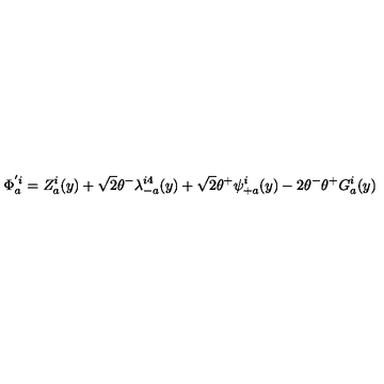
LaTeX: \Phi _ { a } ^ { ' i } = Z _ { a } ^ { i } ( y ) + \sqrt 2 \theta ^ { - } \lambda _ { - a } ^ { i 4 } ( y ) + \sqrt 2 \theta ^ { + } \psi _ { + a } ^ { i } ( y ) - 2 \theta ^ { - } \theta ^ { + } G _ { a } ^ { i } ( y )